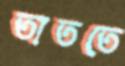
তাততে